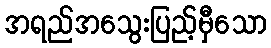
အရည်အသွေးပြည့်မှီသော